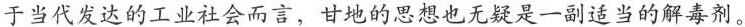
于当代发达的工业社会而言，甘地的思想也无疑是一副适当的解毒剂。